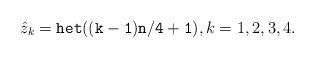
LaTeX: \begin{align*}\hat z_k={\tt het((k-1)n/4+1)}, k=1,2,3,4.\end{align*}